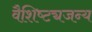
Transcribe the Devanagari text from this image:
वैशिष्ट्यजन्य